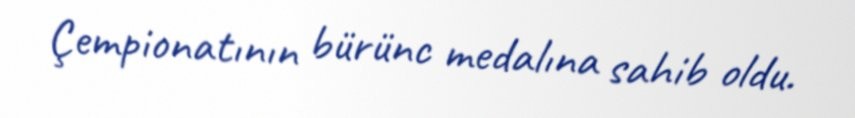
Çempionatının bürünc medalına sahib oldu.